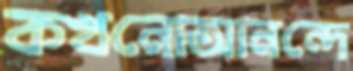
কখনোআনন্দে